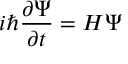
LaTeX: i \hbar { \frac { \partial \Psi } { \partial t } } = H \Psi